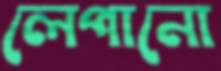
লেপানো